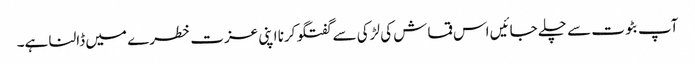
آپ بٹوت سے چلے جائیں اس قماش کی لڑکی سے گفتگو کرنا اپنی عزت خطرے میں ڈالنا ہے۔